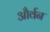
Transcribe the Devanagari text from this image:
और्वन